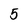
Character: 5